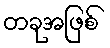
တခုအဖြစ်